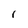
Character: r